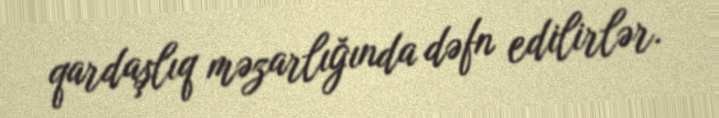
qardaşlıq məzarlığında dəfn edilirlər.